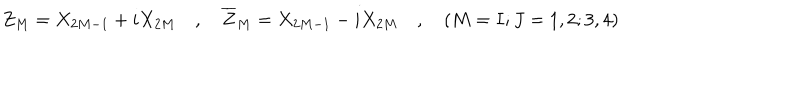
Z _ { M } = X _ { 2 M - 1 } + i X _ { 2 M } \quad , \quad \overline { { { Z } } } _ { M } = X _ { 2 M - 1 } - i X _ { 2 M } \quad , \quad ( M = I ; J = 1 , 2 ; 3 , 4 )